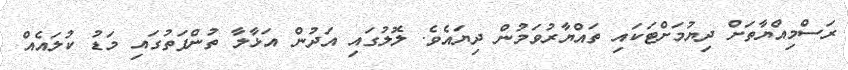
ރަސްމިއްޔާތަށް ދިޔުމަށްޓަކައި ތައްޔާރުވަމުން ދިޔައެވެ. ލޮލުގައި އަދުން އަޅާލާ ތުންފަތުގައި މަޑު ކުލައެއް